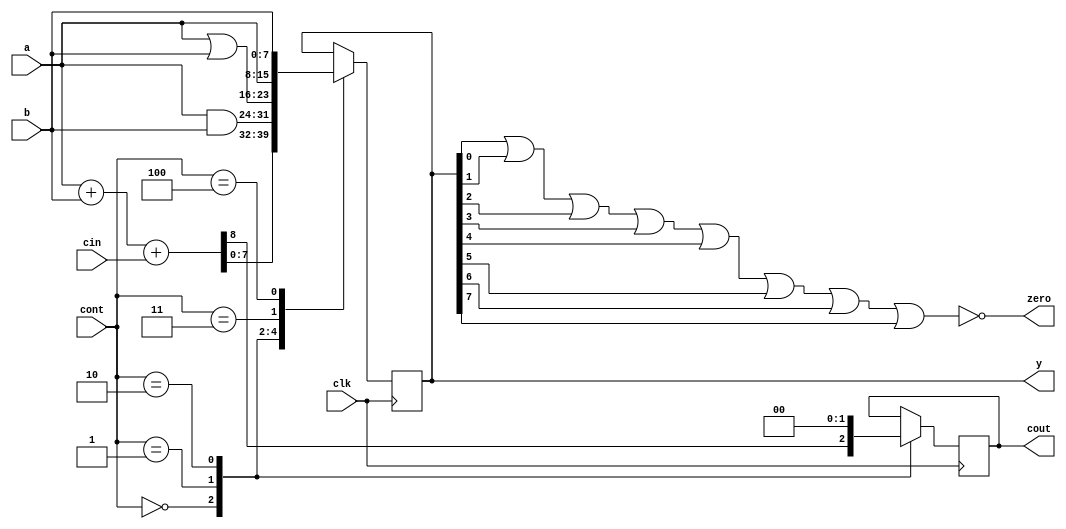
`timescale 1ns/1ns
module ALU(input[2:0] cont,input[7:0] a,b,input cin,clk,output reg[7:0] y, output reg cout,output zero);
	nor(zero,y[0],y[1],y[2],y[3],y[4],y[5],y[6],y[7]);
	always @(posedge clk) begin
		#6;
		case (cont[2:0])
			3'b000:{cout,y}=a+b+cin;
			3'b001:{cout,y}=a&b;
			3'b010:{cout,y}=a|b;
			3'b011:y<=a;
			3'b100:y<=b;
		endcase
	end
endmodule